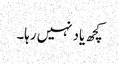
کچھ یاد نہیں رہا۔